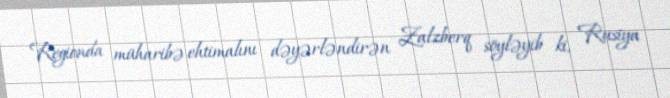
Regionda müharibə ehtimalını dəyərləndirən Zalzberq söyləyib ki, Rusiya